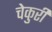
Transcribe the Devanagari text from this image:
चेकुरी